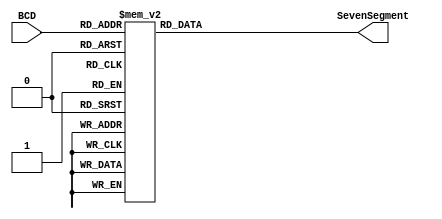
//////////////////////////////////////////////////////////////////////////////////
// UNIVERSITY OF CAPE TOWN
//
// 
// Project Name: LEIA
// Module Name: BCD_Decoder

// Target Devices: Nexys-A7-100T 
// Tool Versions: Vivado WebPack 2018
// Description: 
// 
// Binary coded decimal decoder
//
// Revision: 1.0 - Final Version
//////////////////////////////////////////////////////////////////////////////////


module BCD_Decoder(
    input [3:0]BCD,
    output reg [6:0]SevenSegment
);
//------------------------------------------------------------------------------
// Combinational circuit to convert BCD input to seven-segment output
always @(BCD) 
begin
case(BCD)
    // gfedcba
    4'd0 : SevenSegment <= 7'b0111111;  //     a
    4'd1 : SevenSegment <= 7'b0000110;  //    ----
    4'd2 : SevenSegment <= 7'b1011011;  //   |   |
    4'd3 : SevenSegment <= 7'b1001111;  //  f| g |b
    4'd4 : SevenSegment <= 7'b1100110;  //    ----
    4'd5 : SevenSegment <= 7'b1101101;  //   |   |
    4'd6 : SevenSegment <= 7'b1111101;  //  e|   |c
    4'd7 : SevenSegment <= 7'b0000111;  //    ----
    4'd8 : SevenSegment <= 7'b1111111;  //      d
    4'd9 : SevenSegment <= 7'b1101111;
default: SevenSegment <= 7'b0000000;
endcase
end
//--------------------------------------------------------------
endmodule